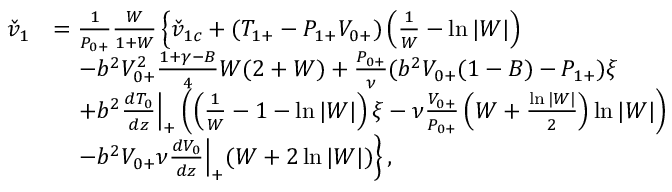
\begin{array} { r l } { \check { v } _ { 1 } } & { = \frac { 1 } { { P } _ { 0 + } } \frac { W } { 1 + W } \left\{ \check { v } _ { 1 c } + ( { T } _ { 1 + } - { P } _ { 1 + } { V } _ { 0 + } ) \left( \frac { 1 } { W } - \ln { | W | } \right) \right. } \\ & { \left. \quad - b ^ { 2 } { V } _ { 0 + } ^ { 2 } \frac { 1 + \gamma - B } { 4 } W ( 2 + W ) + \frac { { P } _ { 0 + } } { \nu } ( b ^ { 2 } { V } _ { 0 + } ( 1 - B ) - { P } _ { 1 + } ) \xi \right. } \\ & { \left. \quad + b ^ { 2 } \frac { d T _ { 0 } } { d z } \Big | _ { + } \left( \left( \frac { 1 } { W } - 1 - \ln { | W | } \right) \xi - \nu \frac { V _ { 0 + } } { P _ { 0 + } } \left( W + \frac { \ln { | W | } } { 2 } \right) \ln { | W | } \right) \right. } \\ & { \left. \quad - b ^ { 2 } V _ { 0 + } \nu \frac { d V _ { 0 } } { d z } \Big | _ { + } ( W + 2 \ln { | W | } ) \right\} , } \end{array}